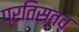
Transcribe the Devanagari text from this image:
प्रतिस्तव